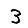
Digit: 3